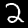
Label: 2